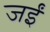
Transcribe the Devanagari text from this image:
जईं